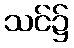
သင်၌